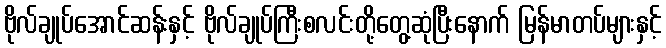
ဗိုလ်ချုပ်အောင်ဆန်းနှင့် ဗိုလ်ချုပ်ကြီးစလင်းတို့တွေ့ဆုံပြီးနောက် မြန်မာတပ်များနှင့်